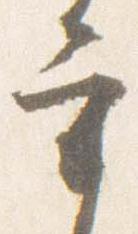
宰